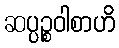
ဆပ္ပဉ္စဝါစာဟိ